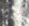
قبل